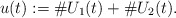
\begin{align*}u(t):=\#U_1(t)+\#U_2(t).\end{align*}